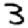
Digit: 3